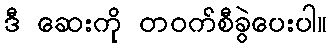
ဒီ ဆေးကို တဝက်စီခွဲပေးပါ။